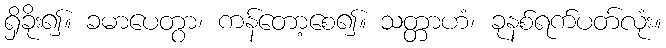
ရှိခိုး၍။ ခမာပေတွာ၊ ကန်တော့စေ၍။ သတ္တာဟံ၊ ခုနစ်ရက်ပတ်လုံး။